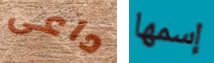
داعى إسمها